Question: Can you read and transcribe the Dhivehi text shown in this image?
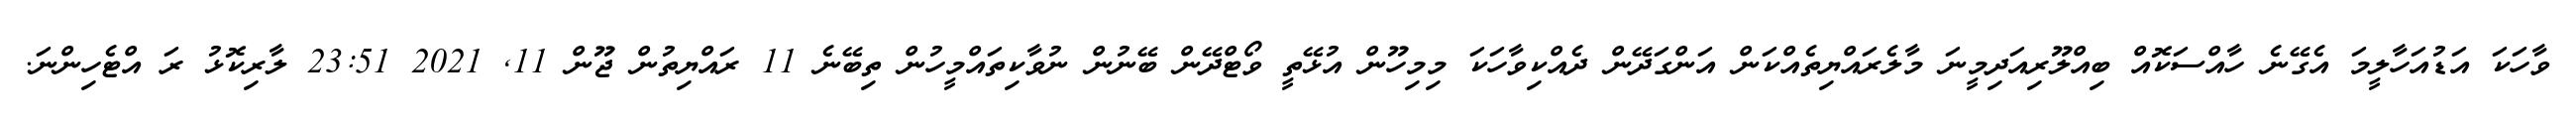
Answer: ވާހަކަ އަޑުއަހާލީމަ އެގޭނެ ހާއްސަކޮއް ބިއްލޫރިއަދިމީނަ މާލެރައްޔިތެއްކަން އަންގަދޭން ދެއްކިވާހަކަ މިމިހޫން އުޅޭތީ ވޯޓްދޭން ބޭނުން ނުވާކިތައްމީހުން ތިބޭނެ 11 ރައްޔިތުން ޖޫން 11, 2021 23:51 ލާރިކޮޅު ރަ އްޓެހިންނަ.